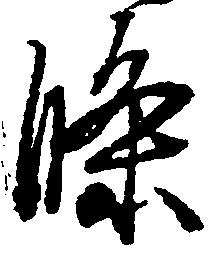
条